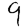
Digit: 9